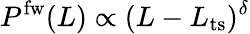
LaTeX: P^{\mathrm{fw}}(L)\propto(L-L_{\mathrm{ts}})^{\delta}